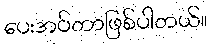
ပေးအပ်တာဖြစ်ပါတယ်။